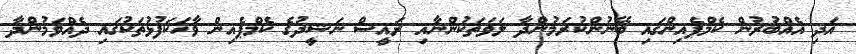
އަދި އެއްބުރުން ކެމްޕެއިންގައި ބޭނުންކުރަމުންދާ ލަވަތަކުންނާއި ރައީސް ނަޝީދުގެ ކެމްޕެއިން ވާހަކަފުޅުތަކުގައި ދެއްވަމުންދާ